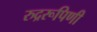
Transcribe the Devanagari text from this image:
रुद्ररूपिणी